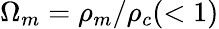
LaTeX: \Omega_{m}=\rho_{m}/\rho_{c}(<1)